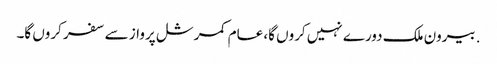
. بیرون ملک دورے نہیں کروں گا، عام کمرشل پرواز سے سفر کروں گا۔